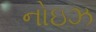
નોઇઝ